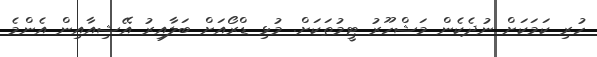
ހުރި ކަމަކަށް ނުދެކެން މަޝްހޫރު ޓީމުތަކަށް. މުޅި ޑްރޯއަށް ބަލާއިރު އޭޝިއާއިން އެންމެ